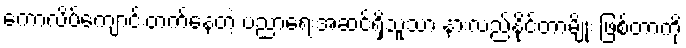
ကောလိပ်ကျောင်းတက်နေတဲ့ ပညာရေးအဆင့်ရှိသူသာ နားလည်နိုင်တာမျိုး ဖြစ်တာကို